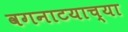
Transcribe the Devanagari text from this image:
वगनाटयाच्या